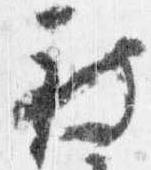
被